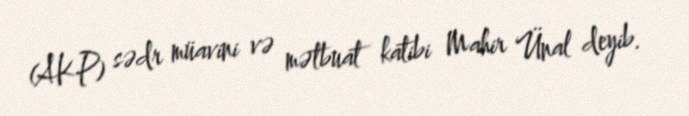
(AKP) sədr müavini və mətbuat katibi Mahir Ünal deyib.